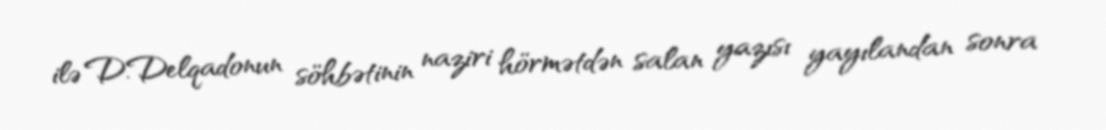
ilə D.Delqadonun söhbətinin naziri hörmətdən salan yazısı yayılandan sonra